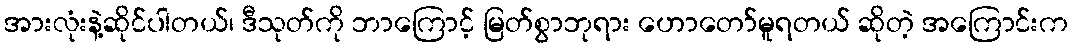
အားလုံးနဲ့ဆိုင်ပါတယ်၊ ဒီသုတ်ကို ဘာကြောင့် မြတ်စွာဘုရား ဟောတော်မူရတယ် ဆိုတဲ့ အကြောင်းက